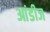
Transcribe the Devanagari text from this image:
आंडीज